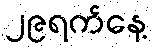
၂၉ရက်နေ့